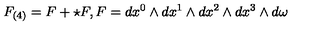
F _ { ( 4 ) } = F + \star F , F = d x ^ { 0 } \wedge d x ^ { 1 } \wedge d x ^ { 2 } \wedge d x ^ { 3 } \wedge d \omega